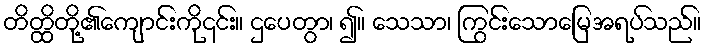
တိတ္ထိတို့၏ကျောင်းကို၎င်း။ ဌပေတွာ၊ ၍။ သေသာ၊ ကြွင်းသောမြေအရပ်သည်။